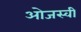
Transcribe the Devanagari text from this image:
ओजस्‍वी